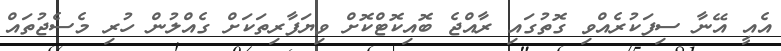
އެއީ އޭނާ ސިފަކުރެއްވި ގޮތުގައި ރާއްޖެ ބޮއިކޮޓްކޮށް ވިޔަފާރިތަކަށް ގެއްލުން ހުރި މެސެޖުތައް